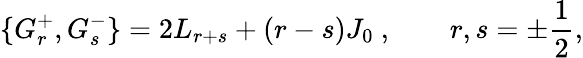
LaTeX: \{ G_{r}^{+},G_{s}^{-}\} =2L_{r+s}+(r-s)J_{0}~,\qquad r,s=\pm\frac 12,